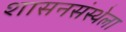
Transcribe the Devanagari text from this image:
शासनसंस्थेला